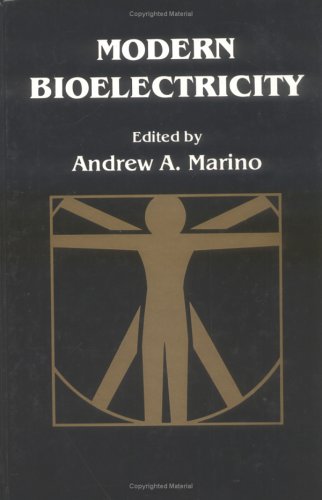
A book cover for Modern Bioelectricity; Science & Math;